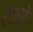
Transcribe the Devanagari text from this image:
लेम्यो